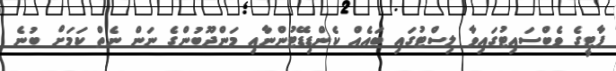
ޕާޓީގެ ވެބްސައިޓުގައިވާ ލިސްޓުގައި ބައެއް ކެންޑިޑޭޓުންނާއި މަންދޫބުންގެ ނަން ނެތް ކަމަށް ބުނެ